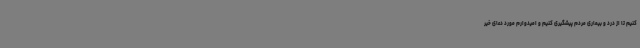
کنیم تا از درد و بیماری مردم پیشگیری کنیم و امیدوارم مورد دعای خیر